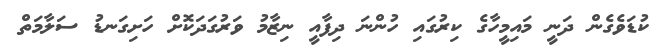
ކުޑަވެގެން ދަނީ މައިމީހާގެ ކިރުގައި ހުންނަ ދިފާއީ ނިޒާމު ވަރުގަދަކޮށް ހަށިގަނޑު ސަލާމަތް